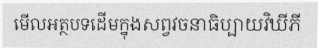
មើលអត្ថបទដើមក្នុងសព្វវចនាធិប្បាយវិឃីភី